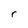
Character: r